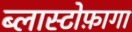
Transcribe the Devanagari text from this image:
ब्लास्टोफ़ागा